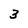
Character: 3